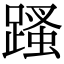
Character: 𨃣